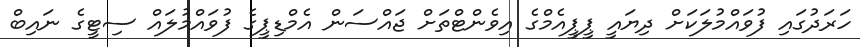
ހަރަދުގައި ފުވައްމުލަކަށް ދިޔައީ ޕީޕީއެމްގެ އިވެންޓްތަށް ޖައްސަން އެމްޑިޕީގެ ފުވައްމުލައް ސިޓީގެ ނައިބް